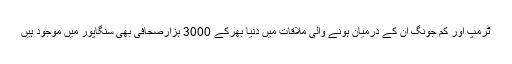
ٹرمپ اور کم جونگ ان کے درمیان ہونے والی ملاقات میں دنیا بھرکے 3000 ہزارصحافی بھی سنگاپور میں موجود ہیں